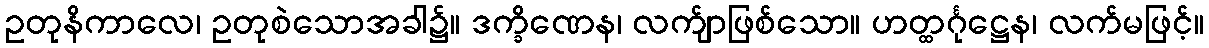
ဥတုနိကာလေ၊ ဥတုစဲသောအခါ၌။ ဒက္ခိဏေန၊ လက်ျာဖြစ်သော။ ဟတ္ထင်္ဂုဋ္ဌေန၊ လက်မဖြင့်။